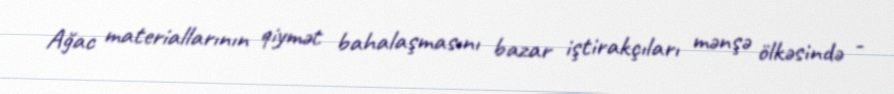
Ağac materiallarının qiymət bahalaşmasını bazar iştirakçıları mənşə ölkəsində -